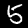
Digit: 5